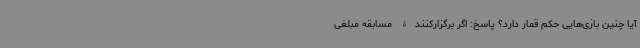
آیا چنین بازی‌هایی حکم قمار دارد؟ پاسخ: اگر برگزارکنندۀ مسابقه مبلغی